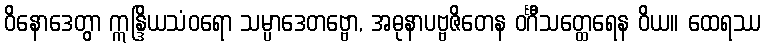
ဝိနောဒေတွာ ဣန္ဒြိယသံဝရော သမ္ပာဒေတဗ္ဗော, အဓုနာပဗ္ဗဇိတေန ဝင်္ဂီသတ္ထေရေန ဝိယ။ ထေရဿ